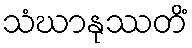
သံဃာနုဿတိံ